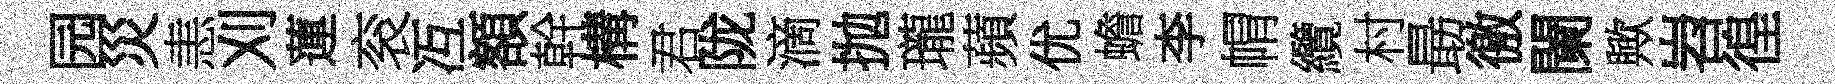
园災恚刈蓮衮冱額幹構君陇滴抛瓏蘋优蟾李㡌纜村朂徼闌歟岧徨